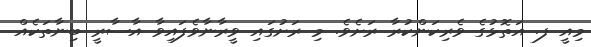
މިއީ ފ. އަތޮޅުގެ ވެރިކަންކުރާ ރަށެވެ. މި ރަށުގައި ވީރާނާވެފައިވާ އާސާރީ ބިނާތަކެއް